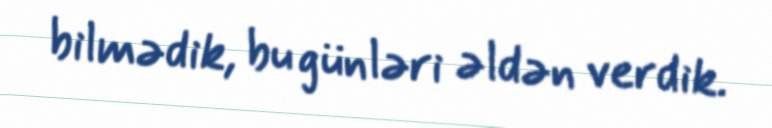
bilmədik, bu günləri əldən verdik.